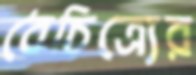
বৈচিত্র্যের